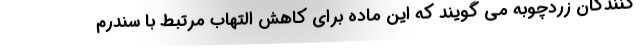
کنندگان زردچوبه می گویند که این ماده برای کاهش التهاب مرتبط با سندرم